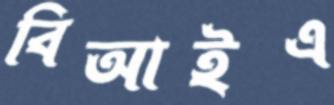
বিআইএ